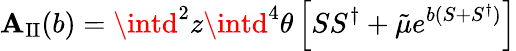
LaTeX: {\cal\mathbf{A}}_{\mathrm{{II}}}(b)=\intd^{2}z\intd^{4}\theta\left[SS^{\dagger}+{\tilde{{\mu}}}e^{b(S+S^{\dagger})}\right]